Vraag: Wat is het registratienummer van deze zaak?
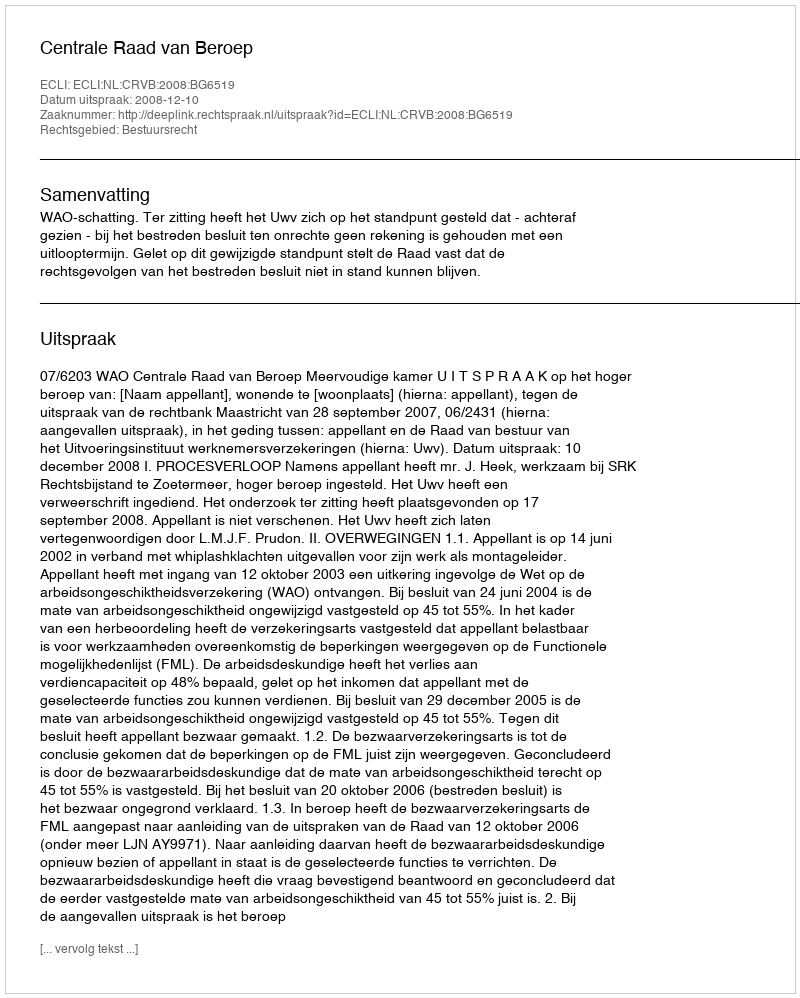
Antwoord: http://deeplink.rechtspraak.nl/uitspraak?id=ECLI:NL:CRVB:2008:BG6519